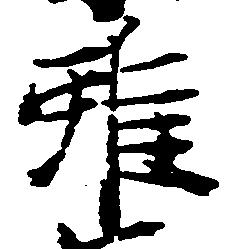
雖